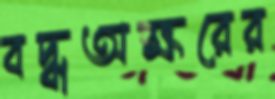
বদ্ধঅক্ষরের